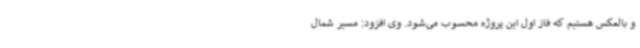
و بالعکس هستیم که فاز اول این پروژه محسوب می‌شود. وی افزود: مسیر شمال